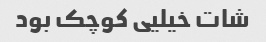
شات خیلیی کوچک بود